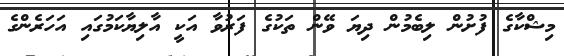
މިޝްކާގެ ފުށުން ލިބެމުން ދިޔަ ވޭން ތަކުގެ ފަރުވާ އަކީ އާލިޔާކަމުގައި އަހަރެންގެ